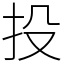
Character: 投